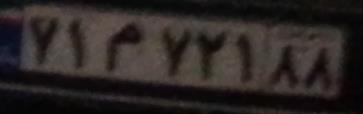
۷۱م۷۲۱۸۸